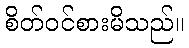
စိတ်ဝင်စားမိသည်။